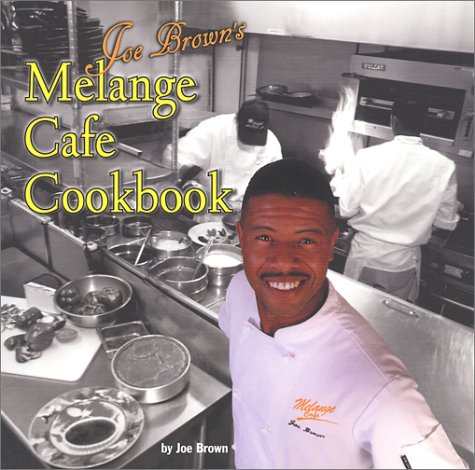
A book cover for Joe Brown's Melange Cafe Cookbook; Joe Brown; Cookbooks, Food & Wine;